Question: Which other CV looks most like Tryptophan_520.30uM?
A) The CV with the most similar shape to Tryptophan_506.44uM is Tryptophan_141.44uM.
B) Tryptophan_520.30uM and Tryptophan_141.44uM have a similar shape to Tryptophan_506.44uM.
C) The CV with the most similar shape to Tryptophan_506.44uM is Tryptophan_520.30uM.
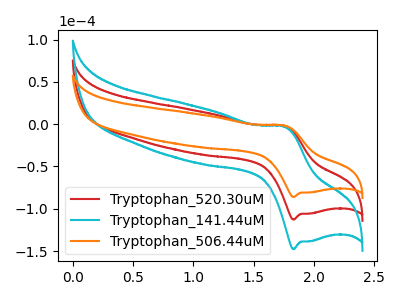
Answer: <think>The red curve "Tryptophan_520.30uM" has an anodic peak at (1.75V, -2.35uA) and a cathodic peak at (1.85V, -112.80uA). The cyan curve "Tryptophan_141.44uM" has an anodic peak at (1.75V, -4.65uA) and a cathodic peak at (1.85V, -225.60uA). The orange curve "Tryptophan_506.44uM" has an anodic peak at (1.75V, -1.80uA) and a cathodic peak at (1.85V, -86.10uA).
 All the peaks in "Tryptophan_520.30uM" have a peak in "Tryptophan_141.44uM" at the same potential. All the peaks in "Tryptophan_520.30uM" have a peak in "Tryptophan_506.44uM" at the same potential. All the peaks in "Tryptophan_141.44uM" have a peak in "Tryptophan_506.44uM" at the same potential.</think>
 <answer>B) "Tryptophan_520.30uM" and "Tryptophan_141.44uM" have a similar shape to "Tryptophan_506.44uM".</answer>
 <eval>B</eval>